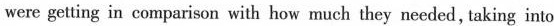
were getting in comparison with how much they needed, taking into